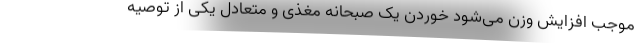
موجب افزایش وزن می‌شود خوردن یک صبحانه مغذی و متعادل یکی از توصیه